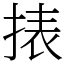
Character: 㧼